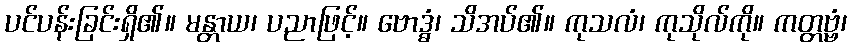
ပင်ပန်းခြင်းရှိ၏။ မန္တာယ၊ ပညာဖြင့်။ ဗောဒ္ဓံ၊ သိအပ်၏။ ကုသလံ၊ ကုသိုလ်ကို။ ကတ္တဗ္ဗံ၊